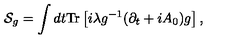
{ \cal S } _ { g } = \int d t \mathrm { T r } \left[ i \lambda g ^ { - 1 } ( \partial _ { t } + i A _ { 0 } ) g \right] ,